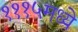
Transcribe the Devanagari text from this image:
१११५मध्ये